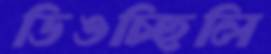
ডিঙচ্ছিলি